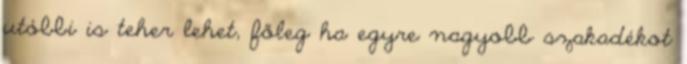
utóbbi is teher lehet, főleg ha egyre nagyobb szakadékot